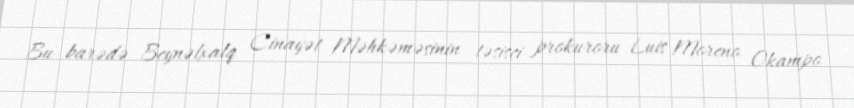
Bu barədə Beynəlxalq Cinayət Məhkəməsinin təsisçi prokuroru Luis Moreno Okampo